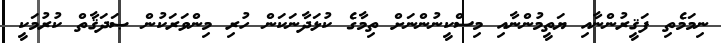
ނިމަމެތި ފަޤީރުންނާއި ޔަތީމުންނާއި މިސްކީނުންނަށް ތިމާގެ ކުޅަދާނަކަން ހުރި މިންވަރަކުން ޞަދަޤާތް ކުރުމަކީ